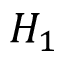
H _ { 1 }